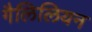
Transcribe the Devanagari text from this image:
गैलिलियन